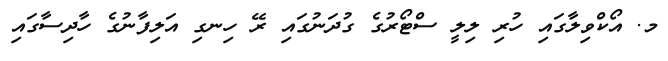
މ. އޯކްވިލާގައި ހުރި ލިލީ ސްޓޯރުގެ ގުދަނުގައި ރޭ ހިނގި އަލިފާނުގެ ހާދިސާގައި